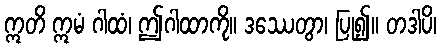
ဣတိ ဣမံ ဂါထံ၊ ဤဂါထာကို။ ဒဿေတွာ၊ ပြု၍။ တဒါပိ၊